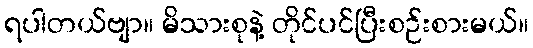
ရပါတယ်ဗျာ။ မိသားစုနဲ့ တိုင်ပင်ပြီးစဉ်းစားမယ်။